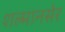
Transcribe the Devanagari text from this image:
शल्मानसेर